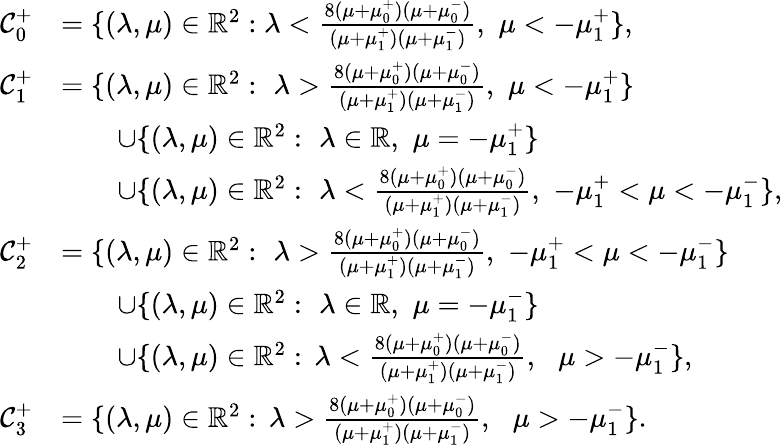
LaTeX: \begin{array}{rl}{{\mathcal C}_{0}^{+}}&{=\{ (\lambda,\mu)\in\mathbb{R}^{2}:\lambda<\frac{8(\mu+\mu_{0}^{+})(\mu+\mu_{0}^{-})}{(\mu+\mu_{1}^{+})(\mu+\mu_{1}^{-})},\, \, \mu<-\mu_{1}^{+}\} ,}\\ {{\mathcal C}_{1}^{+}}&{=\{ (\lambda,\mu)\in\mathbb{R}^{2}:\, \, \lambda>\frac{8(\mu+\mu_{0}^{+})(\mu+\mu_{0}^{-})}{(\mu+\mu_{1}^{+})(\mu+\mu_{1}^{-})},\, \, \mu<-\mu_{1}^{+}\} }\\ &{\quad\quad\cup\{ (\lambda,\mu)\in\mathbb{R}^{2}:\, \, \lambda\in\mathbb{R},\, \, \mu=-\mu_{1}^{+}\} }\\ &{\quad\quad\cup\{ (\lambda,\mu)\in\mathbb{R}^{2}:\, \, \lambda<\frac{8(\mu+\mu_{0}^{+})(\mu+\mu_{0}^{-})}{(\mu+\mu_{1}^{+})(\mu+\mu_{1}^{-})},\, \, -\mu_{1}^{+}<\mu<-\mu_{1}^{-}\} ,}\\ {{\mathcal C}_{2}^{+}}&{=\{ (\lambda,\mu)\in\mathbb{R}^{2}:\, \, \lambda>\frac{8(\mu+\mu_{0}^{+})(\mu+\mu_{0}^{-})}{(\mu+\mu_{1}^{+})(\mu+\mu_{1}^{-})},\, \, -\mu_{1}^{+}<\mu<-\mu_{1}^{-}\} }\\ &{\quad\quad\cup\{ (\lambda,\mu)\in\mathbb{R}^{2}:\, \, \lambda\in\mathbb{R},\, \, \mu=-\mu_{1}^{-}\} }\\ &{\quad\quad\cup\{ (\lambda,\mu)\in\mathbb{R}^{2}:\, \lambda<\frac{8(\mu+\mu_{0}^{+})(\mu+\mu_{0}^{-})}{(\mu+\mu_{1}^{+})(\mu+\mu_{1}^{-})},\, \, \, \, \mu>-\mu_{1}^{-}\} ,}\\ {{\mathcal C}_{3}^{+}}&{=\{ (\lambda,\mu)\in\mathbb{R}^{2}:\, \lambda>\frac{8(\mu+\mu_{0}^{+})(\mu+\mu_{0}^{-})}{(\mu+\mu_{1}^{+})(\mu+\mu_{1}^{-})},\, \, \, \, \mu>-\mu_{1}^{-}\} .}\end{array}